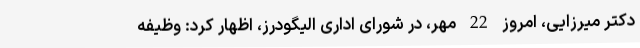
دکتر میرزایی، امروز 22 مهر، در شورای اداری الیگودرز، اظهار کرد: وظیفه